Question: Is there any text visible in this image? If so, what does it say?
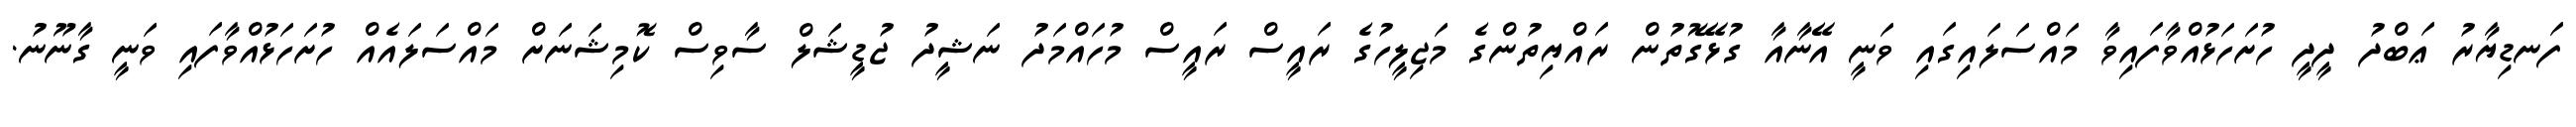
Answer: ފަނޑިޔާރު ޢަބްދު ދީދީ ހުށަހަޅުއްވާފައިވާ މައްސަލައިގައި ވަނީ އޭނާއާ ގުޅޭގޮތުން ރައްޔިތުންގެ މަޖިލީހުގެ ރައީސް ރައީސް މުހައްމަދު ނަޝީދު ޖުޑީޝަލް ސާވިސް ކޮމިޝަނަށް މައްސަލައެއް ހުށަހަޅުއްވާފައި ވަނީ ގާނޫނު.